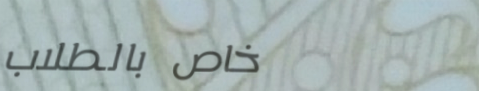
خاص بالطلاب